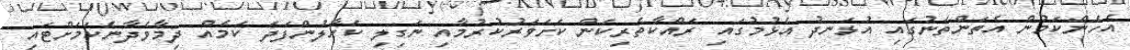
އެހެންކަމުން އެތަންތަނުގައި އުޅަނދު އެޅުމުގައި ރައްކާތެރިކަން ކަށަވަރުކުރުމާއި ނަގިލި ކަހާލުންފަދަ ކަމެއް ދިމާވެދާނެކަމަށްޓައި